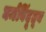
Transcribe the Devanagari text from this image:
घर्मबिंदूतून